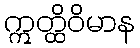
ဣတ္ထိဝိမာန